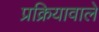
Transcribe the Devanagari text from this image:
प्रक्रियावाले